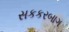
સકકરબાગ